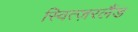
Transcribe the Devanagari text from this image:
स्वित्ज़रलैंड